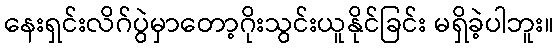
နေးရှင်းလိဂ်ပွဲမှာတော့ဂိုးသွင်းယူနိုင်ခြင်း မရှိခဲ့ပါဘူး။